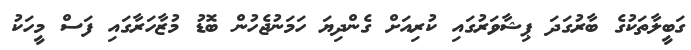
ގަބީލާތަކުގެ ބާރުގަދަ ޕިޝާވަރުގައި ކުރިއަށް ގެންދިޔަ ހަމަނުޖެހުން ބޮޑު މުޒާހަރާގައި ފަސް މީހަކު